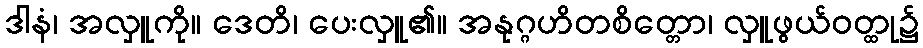
ဒါနံ၊ အလှူကို။ ဒေတိ၊ ပေးလှူ၏။ အနုဂ္ဂဟိတစိတ္တော၊ လှူဖွယ်ဝတ္ထု၌